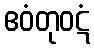
ဧဝံတုဝဋံ